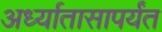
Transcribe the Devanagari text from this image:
अर्ध्यातासापर्यंत